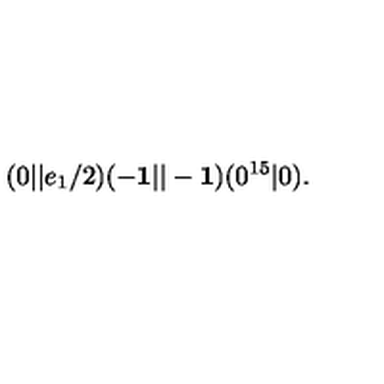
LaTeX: ( 0 \vert \vert e _ { 1 } / 2 ) ( - { \bf 1 } \vert \vert - { \bf 1 } ) ( 0 ^ { 1 5 } \vert 0 ) .